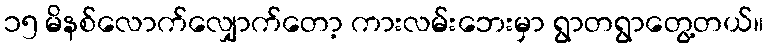
၁၅ မိနစ်လောက်လျှောက်တော့ ကားလမ်းဘေးမှာ ရွာတရွာတွေ့တယ်။